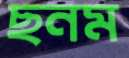
ছনম